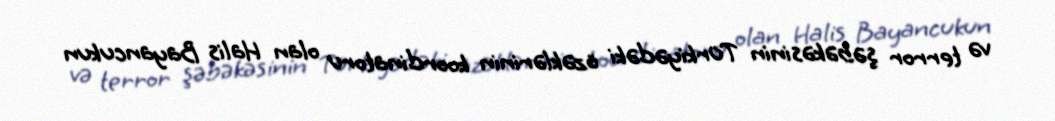
və terror şəbəkəsinin Türkiyədəki özəklərinin koordinatoru olan Halis Bayancukun